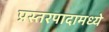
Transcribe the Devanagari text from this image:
प्रस्तरपादामध्ये